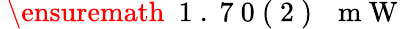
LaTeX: \mathrm{~\ensuremath~{~1~.~7~0~(~2~)~}~\, ~m~W~}